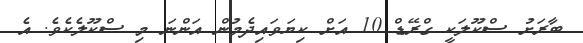
ބާރަށު ސްކޫލަކީ ގްރޭޑް 10 އަށް ކިޔަވައިދެމުން އަންނަ މި ސްކޫލެކެވެ. އެ